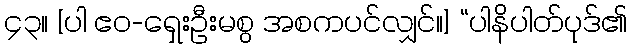
၄၃။ [ပါ ဧဝ-ရှေးဦးမစွ အစကပင်လျှင်။] “ပါနိပါတ်ပုဒ်၏